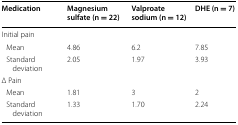
| Medication | Magnesium sulfate (n = 22) | Valproate sodium (n = 12) | DHE (n = 7) |
 | --- | --- | --- | --- |
 | <COLSPAN=4> Initial pain |
 | Mean | 4.86 | 6.2 | 7.85 |
 | Standard deviation | 2.05 | 1.97 | 3.93 |
 | <COLSPAN=4> Δ Pain |
 | Mean | 1.81 | 3 | 2 |
 | Standard deviation | 1.33 | 1.70 | 2.24 |